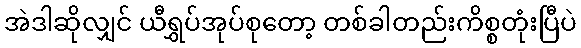
အဲဒါဆိုလျှင် ယီရွှပ်အုပ်စုတော့ တစ်ခါတည်းကိစ္စတုံးပြီပဲ